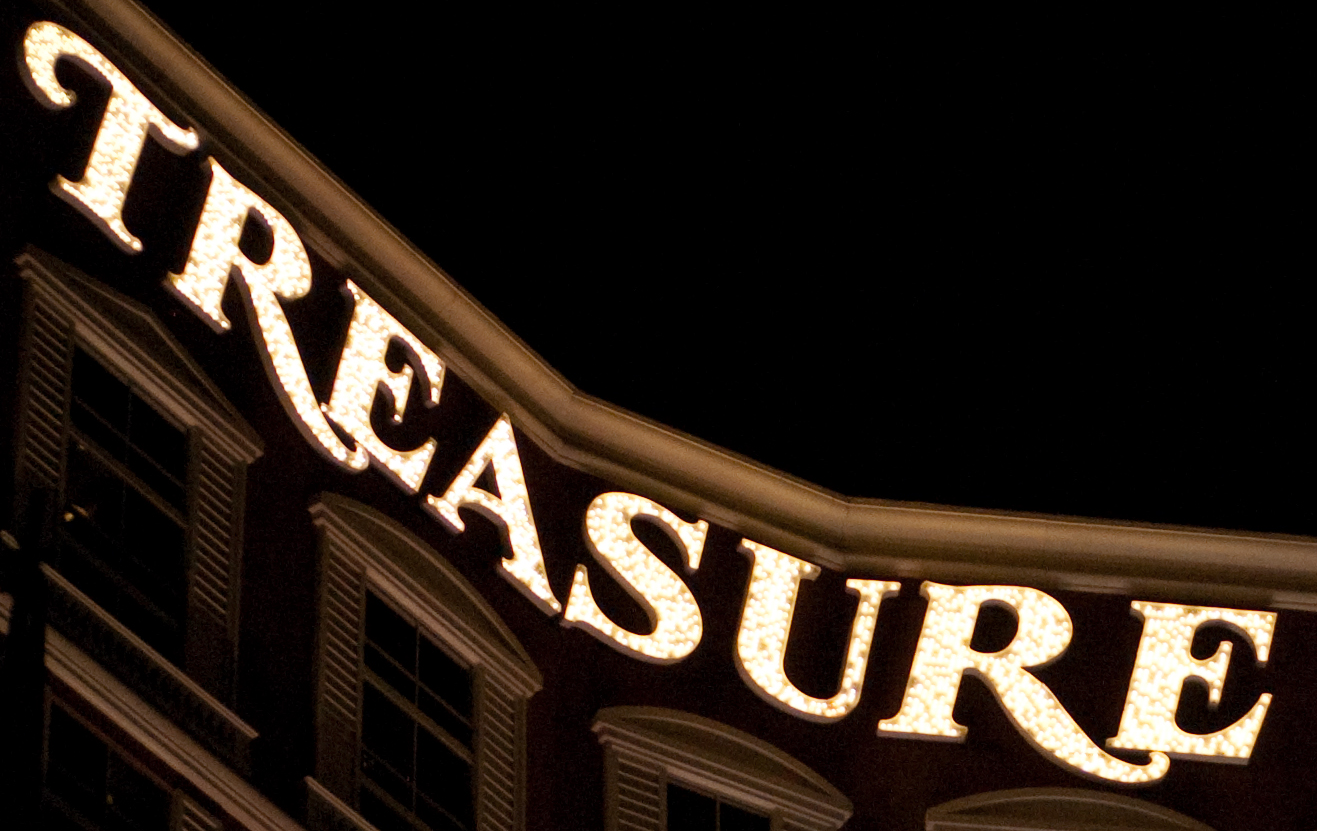
TREASURE